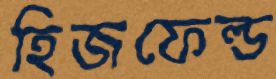
হিজফেল্ড